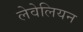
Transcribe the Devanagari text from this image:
लेवेलियन